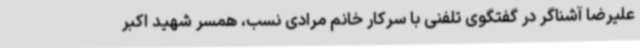
علیرضا آشناگر در گفتگوی تلفنی با سرکار خانم مرادی نسب، همسر شهید اکبر